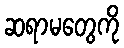
ဆရာမတွေကို